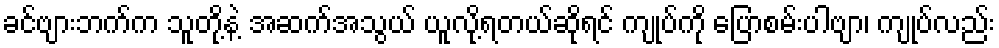
ခင်ဗျားဘက်က သူတို့နဲ့ အဆက်အသွယ် ယူလို့ရတယ်ဆိုရင် ကျုပ်ကို ပြောစမ်းပါဗျာ၊ ကျုပ်လည်း